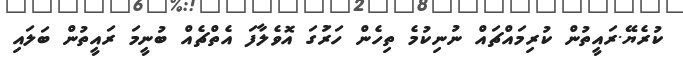
ކުރެޔޭ.ރައީތުން ކުރިމައްޗައްް ނުނިކުމެ ތިހެން ހަރުަގަ އޮވެލާފަ އެތްޗެއް ބުނީމަ ރައީތުން ބަލައި